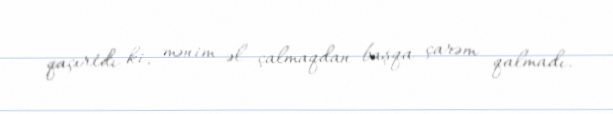
qaçırtdı ki, mənim əl çalmaqdan başqa çarəm qalmadı.